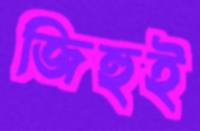
জিহুই